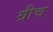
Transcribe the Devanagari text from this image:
ग्रीच